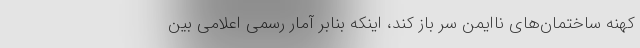
کهنه ساختمان‌های ناایمن سر باز کند، اینکه بنابر آمار رسمی اعلامی بین